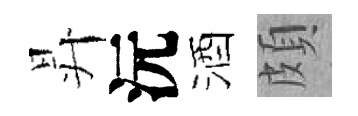
昇沅酒頗